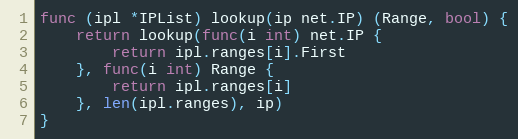
Language: Go
func (ipl *IPList) lookup(ip net.IP) (Range, bool) {
	return lookup(func(i int) net.IP {
		return ipl.ranges[i].First
	}, func(i int) Range {
		return ipl.ranges[i]
	}, len(ipl.ranges), ip)
}